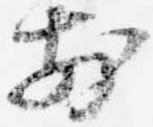
前